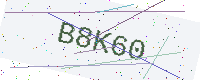
Text: B8K60